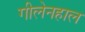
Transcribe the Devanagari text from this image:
गीलेनहाल